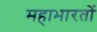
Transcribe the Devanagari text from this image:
महाभारतों